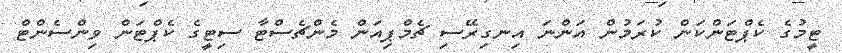
ޓީމުގެ ކެޕްޓަންކަން ކުރަމުން އަންނަ އިނގިރޭސި ޗެމްޕިއަން މެންޗެސްޓާ ސިޓީގެ ކެޕްޓަން ވިންސެންޓް